Scottish Certificate of Education, 1962
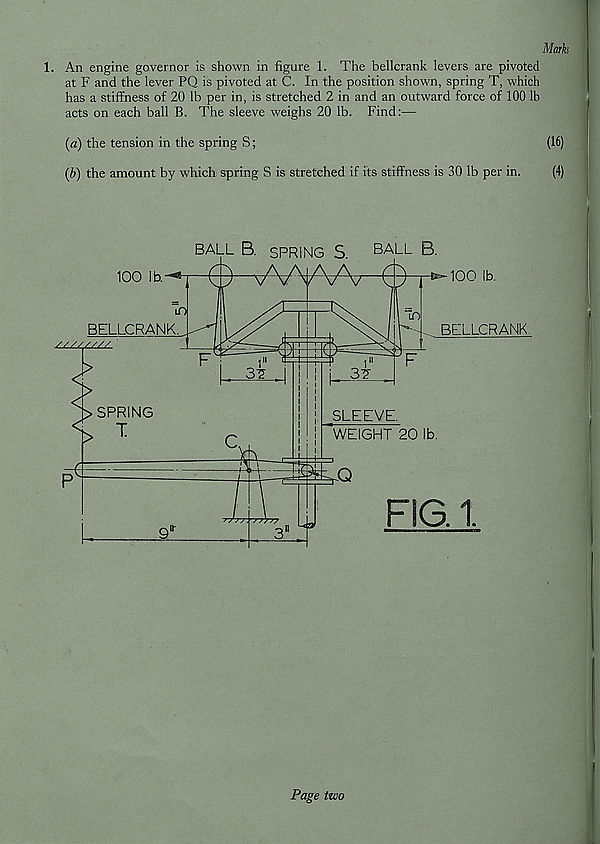
Mark
1. An engine governor is shown in figure 1. The bellcrank levers are pivoted
at F and the lever PQ is pivoted at C. In the position shown, spring T, which
has a stiffness of 20 lb per in, is stretched 2 in and an outward force of 100 lb
acts on each ball B. The sleeve weighs 20 lb. Find:—
(a) the tension in the spring S;
(16)
(b) the amount by which spring S is stretched if its stiffness is 30 lb per in.
(4)
Page two